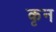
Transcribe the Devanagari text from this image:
कृन